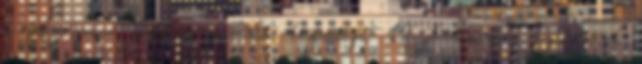
a folyamatos javítás, javulás biztosítja. 12 A minőség fejlődésének